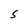
Character: S